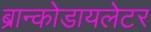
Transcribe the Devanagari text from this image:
ब्रान्कोडायलेटर